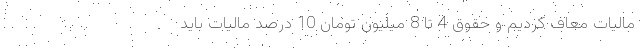
مالیات معاف کردیم و حقوق 4 تا 8 میلیون تومان 10 درصد مالیات باید